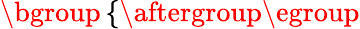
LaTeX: \begin{array}{r}{\mathopen{}\mathclose\bgroup\left\{ \begin{array}{rlrl}\end{array}\aftergroup\egroup\right.}\end{array}